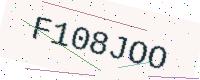
Text: F108JOO